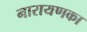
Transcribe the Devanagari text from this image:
नारायणका